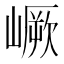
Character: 嶥